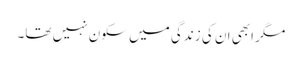
مگر ابھی ان کی زندگی میں سکون نہیں تھا۔